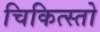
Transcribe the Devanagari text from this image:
चिकित्स्तो